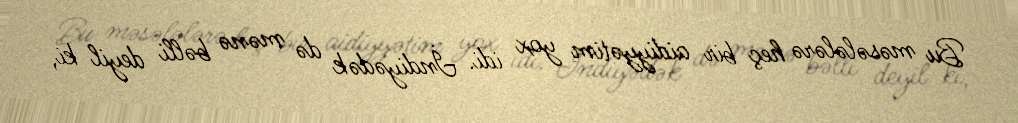
Bu məsələlərə heç bir aidiyyətim yox idi. İndiyədək də mənə bəlli deyil ki,